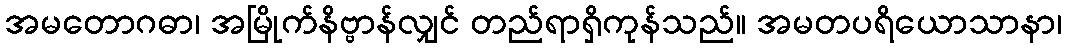
အမတောဂဓာ၊ အမြိုက်နိဗ္ဗာန်လျှင် တည်ရာရှိကုန်သည်။ အမတပရိယောသာနာ၊